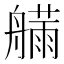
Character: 𱽂